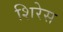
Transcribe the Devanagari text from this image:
शिरेस